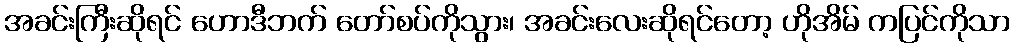
အခင်းကြီးဆိုရင် ဟောဒီဘက် တော်စပ်ကိုသွား၊ အခင်းလေးဆိုရင်တော့ ဟိုအိမ် ကပြင်ကိုသာ